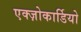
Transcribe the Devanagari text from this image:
एक्ज़ोकार्डियो